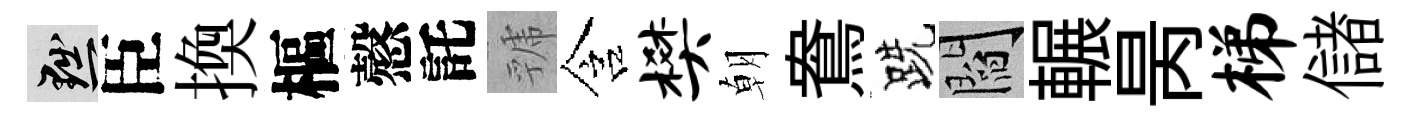
黜臣換樞慤託虢含樊朝鴦跣閻輾昺梯儲